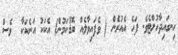
ހިނގައިދާހުށްޓެވެ. ފަހެ އެއުރެން ( ވެފައިވާލެއް ބޮޑުކަމުން) އެކަކު އަނެކަކާ  ވެސް